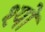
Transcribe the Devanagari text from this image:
श्यो